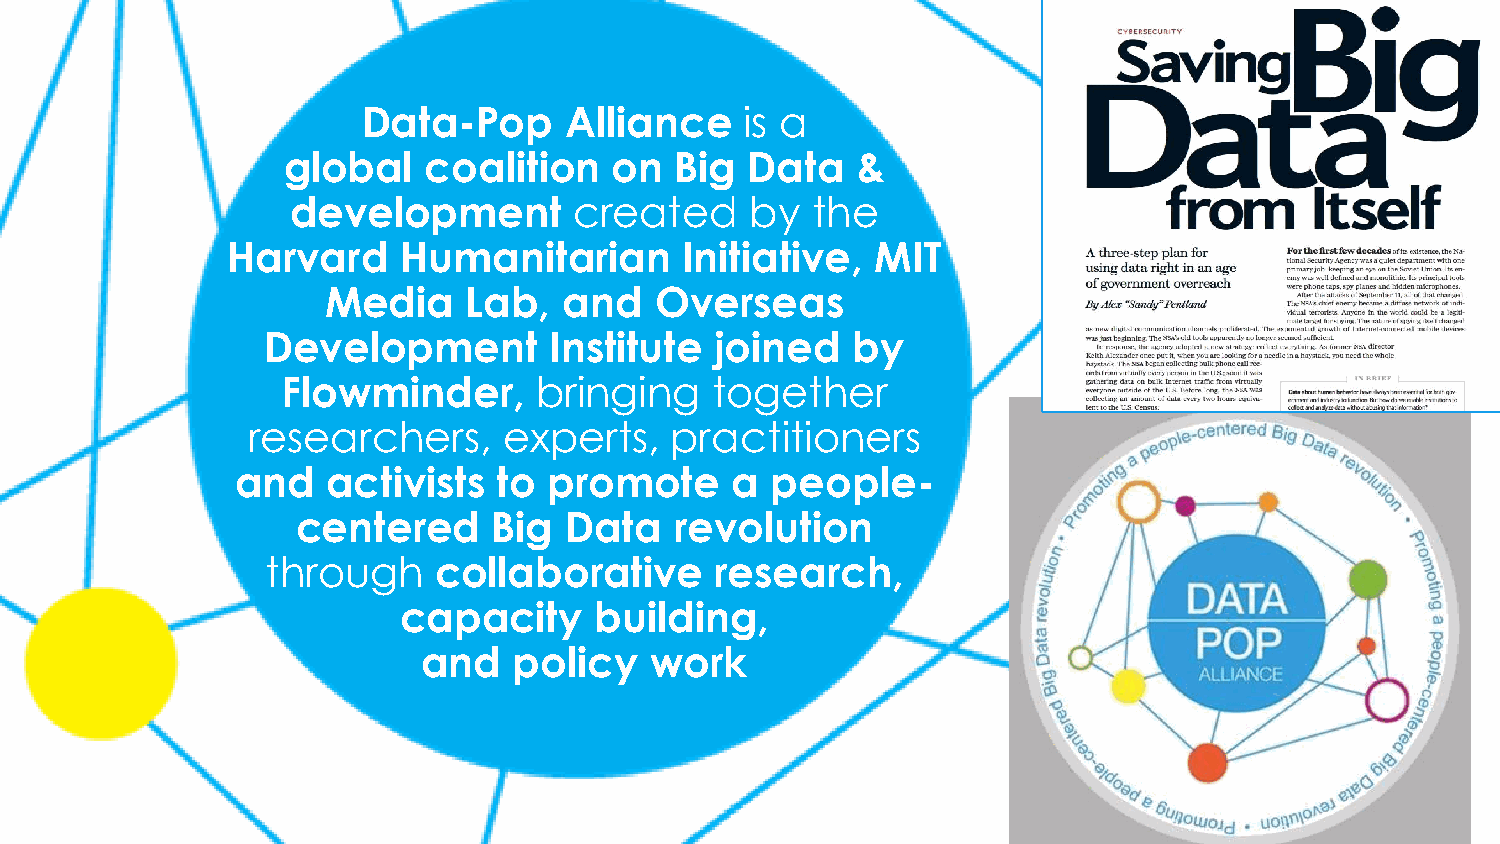
Data-Pop     Alliance    is a
 global   coalition   on   Big  Data   &
 development        created     by  the
 Harvard    Humanitarian       Initiative,  MIT
 Media    Lab,  and   Overseas
 Development       Institute  joined   by
 Flowminder,     bringing    together
 researchers,     experts,   practitioners
 and   activists  to promote     a  people-
 centered     Big Data    revolution
 through    collaborative     research,
 capacity    building,
 and   policy   work